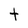
Character: T